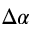
\Delta \alpha